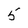
Character: 5